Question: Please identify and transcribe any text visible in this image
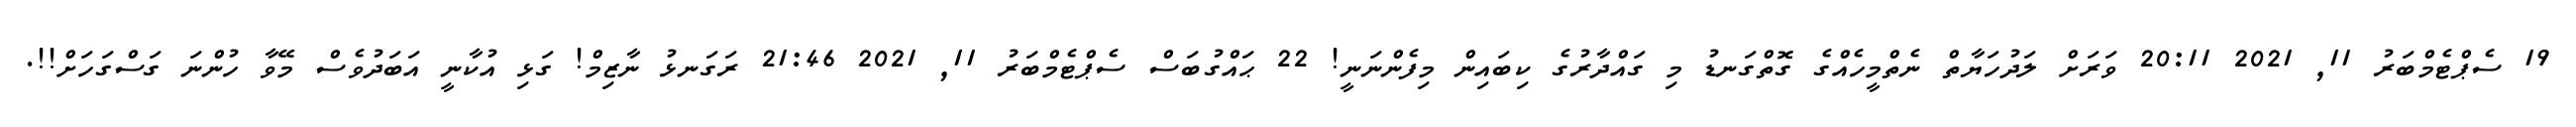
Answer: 19 ސެޕްޓެމްބަރު 11, 2021 20:11 ވަރަށް ލަދުހަޔާތް ނެތްމީހެއްގެ ގޮތްގަނޑު މި ގައްދާރުގެ ކިބައިން މިފެންނަނީ! 22 ޙައްގުބަސް ސެޕްޓެމްބަރު 11, 2021 21:46 ރަގަނޅު ނާޒިމް! ގަޅި އުކާނީ އަބަދުވެސް މޭވާ ހުންނަ ގަސްގަހަށް!!.